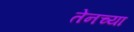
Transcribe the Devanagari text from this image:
तेनच्या